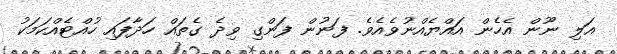
އަލި ނޫން އެހެން އައްޔެއްނުވެއެވެ. ފަނުން ފަންގި ވިދެ ގެތައް ހަދާފައި ހުއްޓެއްކަމަކު